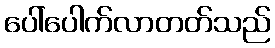
ပေါ်ပေါက်လာတတ်သည်